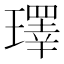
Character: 𪼢